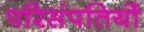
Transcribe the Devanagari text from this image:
परिसंपतियों